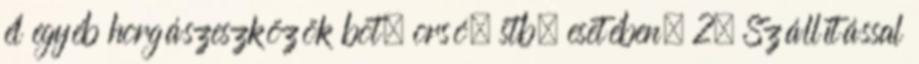
él egyéb horgászeszközök bot, orsó, stb. esetében. 2. Szállítással